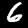
Digit: 6